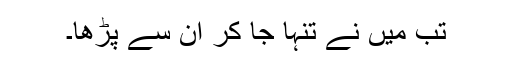
تب میں نے تنہا جا کر ان سے پڑھا۔